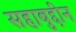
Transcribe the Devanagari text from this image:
सहाबुद्दीन